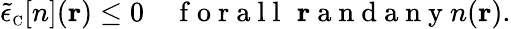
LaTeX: \tilde{\epsilon}_{\scriptscriptstyle\mathrm{C}}[n]({\mathbf r})\leq 0\quad\mathrm{~f~o~r~a~l~l~}\, \, {\mathbf r}\mathrm{~a~n~d~a~n~y~}n({\mathbf r}).